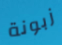
زبونة